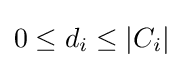
0\leq d_{i}\leq |C_{i}|